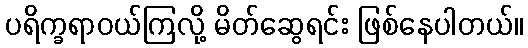
ပရိက္ခရာဝယ်ကြလို့ မိတ်ဆွေရင်း ဖြစ်နေပါတယ်။